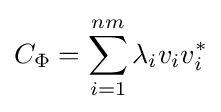
C_{\Phi }=\sum _{i=1}^{nm}\lambda _{i}v_{i}v_{i}^{*}